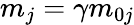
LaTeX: m_{j}=\gamma m_{0j}